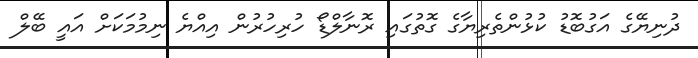
ދުނިޔޭގެ އަގުބޮޑު ކުޅުންތެރިޔާގެ ގޮތުގައި ރޮނާލްޑޯ ހުރިހުރުން އިއްޔެ ނިމުމަކަށް އައީ ބޭލް